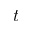
t